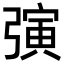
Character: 𪫂